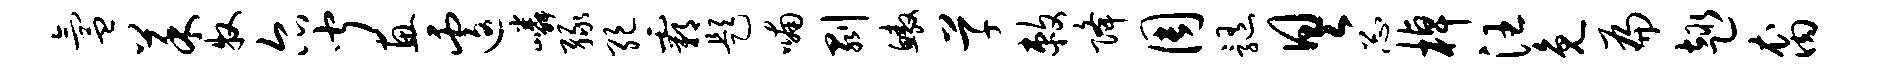
氲菜牧尔闻惠遽嶙绿绝霸题喃剥鳌草敕降周髓具忐棹汪免扁趣裔